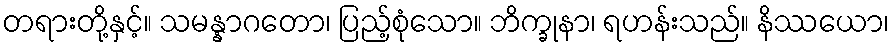
တရားတို့နှင့်။ သမန္နာဂတော၊ ပြည့်စုံသော။ ဘိက္ခုနာ၊ ရဟန်းသည်။ နိဿယော၊